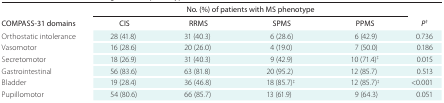
<table><thead><tr><td rowspan="2"><b>COMPASS-31 domains</b></td><td colspan="4"><b>No. (%) of patients with MS phenotype</b></td><td rowspan="2"><b><i>P<sup>†</sup></i></b></td></tr><tr><td><b>CIS</b></td><td><b>RRMS</b></td><td><b>SPMS</b></td><td><b>PPMS</b></td></tr></thead><tbody><tr><td>Orthostatic intolerance</td><td>28 (41.8)</td><td>31 (40.3)</td><td>6 (28.6)</td><td>6 (42.9)</td><td>0.736</td></tr><tr><td>Vasomotor</td><td>16 (28.6)</td><td>20 (26.0)</td><td>4 (19.0)</td><td>7 (50.0)</td><td>0.186</td></tr><tr><td>Secretomotor</td><td>18 (26.9)</td><td>31 (40.3)</td><td>9 (42.9)</td><td>10 (71.4)<sup>‡</sup></td><td>0.015</td></tr><tr><td>Gastrointestinal</td><td>56 (83.6)</td><td>63 (81.8)</td><td>20 (95.2)</td><td>12 (85.7)</td><td>0.513</td></tr><tr><td>Bladder</td><td>19 (28.4)</td><td>36 (46.8)</td><td>18 (85.7)<sup>‡</sup></td><td>12 (85.7)<sup>‡</sup></td><td>&lt;0.001</td></tr><tr><td>Pupillomotor</td><td>54 (80.6)</td><td>66 (85.7)</td><td>13 (61.9)</td><td>9 (64.3)</td><td>0.051</td></tr></tbody></table>